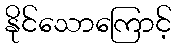
နိုင်သောကြောင့်